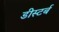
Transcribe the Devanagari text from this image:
डीस्टर्ब